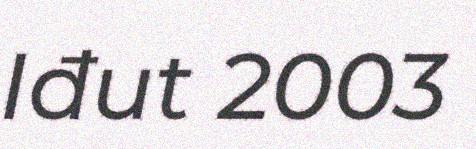
Iđut 2003